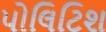
પોલિટિશ